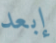
إبعد